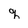
Character: q